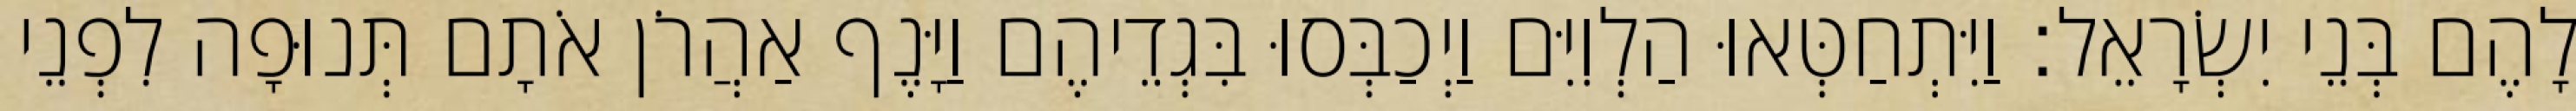
לָהֶם בְּנֵי יִשְׂרָאֵל׃ וַיִּתְחַטְּאוּ הַלְוִיִּם וַיְכַבְּסוּ בִּגְדֵיהֶם וַיָּנֶף אַהֲרֹן אֹתָם תְּנוּפָה לִפְנֵי